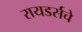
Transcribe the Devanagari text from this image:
रायडर्सचे